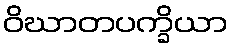
ဝိဃာတပက္ခိယာ